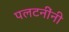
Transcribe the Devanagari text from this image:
पलटनींनी